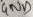
Text: GND